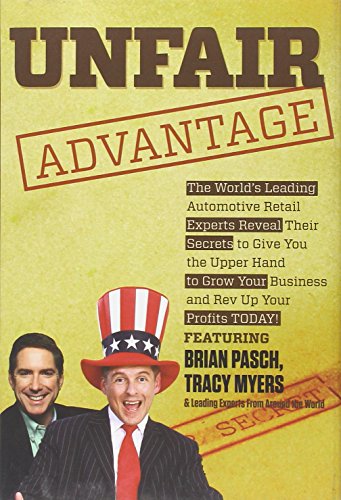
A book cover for Unfair Advantage; Engineering & Transportation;